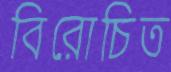
বিরোচিত